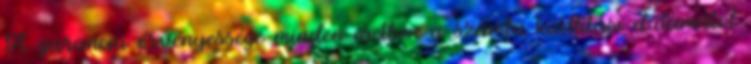
A garancia érvényessége minden esetben a számla kiállítási dátumától